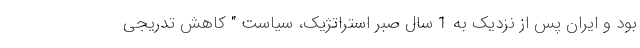
بود و ایران پس از نزدیک به 1 سال صبر استراتژیک، سیاست " کاهش تدریجی